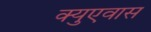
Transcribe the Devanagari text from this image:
क्युएवास